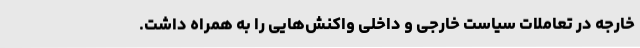
خارجه در تعاملات سیاست خارجی و داخلی واکنش‌هایی را به همراه داشت.